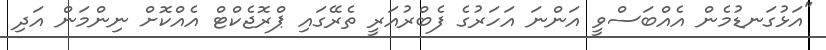
"އަޅުގަނޑުމެން އެއްބަސްވީ އަންނަ އަހަރުގެ ފެބްރުއަރީ ތެރޭގައި ޕްރޮޖެކްޓް އެއްކޮށް ނިންމަން އަދި